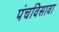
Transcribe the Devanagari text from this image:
पंचविसावा